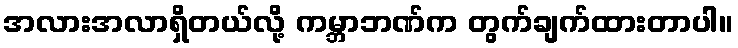
အလားအလာရှိတယ်လို့ ကမ္ဘာဘဏ်က တွက်ချက်ထားတာပါ။